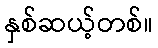
နှစ်ဆယ့်တစ်။